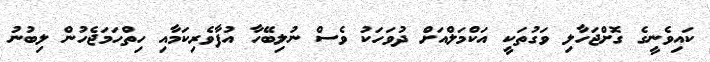
ކައިވެނީގެ ގޮށްޖަހާލި ވަގުތަކީ އަކްމަލްއަށް ދުވަހަކު ވެސް ނުލިބޭހާ އުފާވެރިކަމާއި ހިތްހަމަޖެހުން ލިބުނު